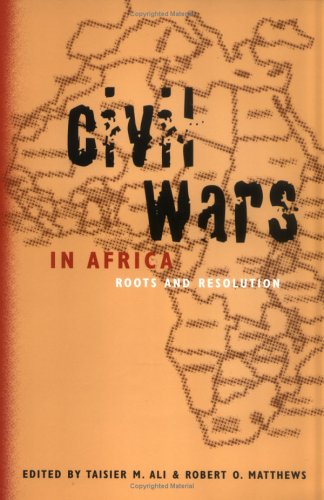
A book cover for Civil Wars in Africa: Roots and Resolution; Taisier Ali; History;